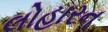
લોહારન